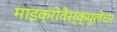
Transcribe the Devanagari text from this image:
माइक्रोवैस्क्यूलेचर